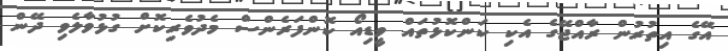
އޭގެ އިތުރުން ރާއްޖޭގެ އެކި ކަންކޮޅުތައް ވީޑިއޯ ކޮންފަރެންސް މެދުވެރިކޮށް ގުޅުވާލެވި ދޭން